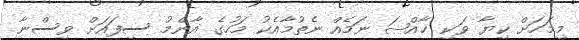
މިމަހަށް ކިޔާ ވަކި ޚާއްޞަ ނަމެއް ނެތުމާއެކު މަހުގެ އާންމު ސިފައަށް ވިސްނާ